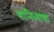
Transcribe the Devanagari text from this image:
सानिध्याचा